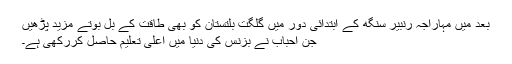
بعد میں مہاراجہ رنبیر سنگھ کے ابتدائی دور میں گلگت بلتستان کو بھی طاقت کے بل بوتے مزید پڑھیں
جن احباب نے بزنس کی دنیا میں اعلی تعلیم حاصل کررکھی ہے۔